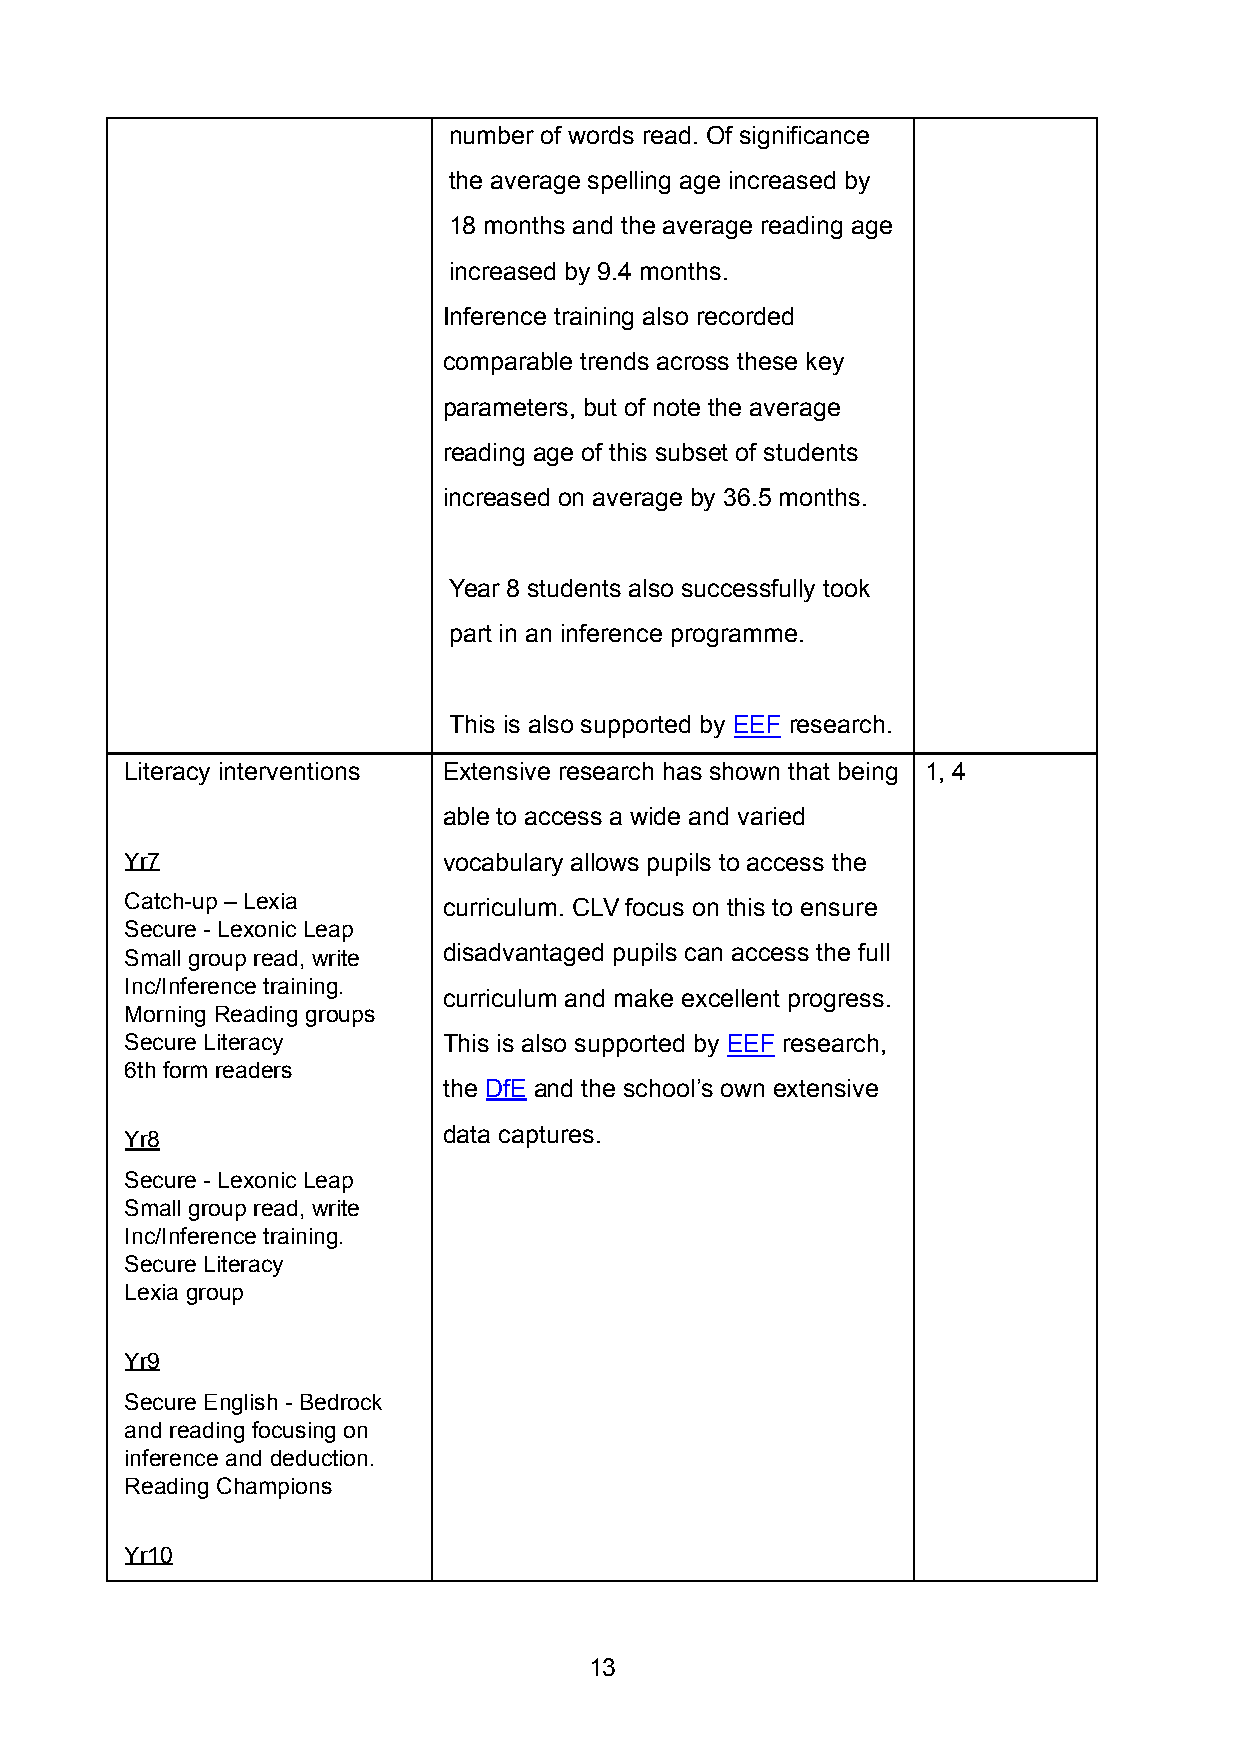
number of words read. Of significance
 the average spelling age increased by
 18 months and the average reading age
 increased by 9.4 months.
 Inference training also recorded
 comparable trends across these key
 parameters, but of note the average
 reading age of this subset of students
 increased on average by 36.5 months.
 Year 8 students also successfully took
 part in an inference programme.
 This is also supported by EEF research.
 Literacy interventions Extensive research has shown that being 1, 4
 able to access a wide and varied
 Yr7                  vocabulary allows pupils to access the
 Catch-up – Lexia     curriculum. CLV focus on this to ensure
 Secure - Lexonic Leap
 Small group read, write disadvantaged pupils can access the full
 Inc/Inference training.
 curriculum and make excellent progress.
 Morning Reading groups
 Secure Literacy      This is also supported by EEF research,
 6th form readers
 the DfE and the school’s own extensive
 Yr8                  data captures.
 Secure - Lexonic Leap
 Small group read, write
 Inc/Inference training.
 Secure Literacy
 Lexia group
 Yr9
 Secure English - Bedrock
 and reading focusing on
 inference and deduction.
 Reading Champions
 Yr10
 13